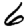
Digit: 6